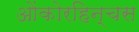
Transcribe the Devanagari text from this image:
ओंकोरहिन्चस